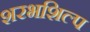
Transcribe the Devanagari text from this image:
शरभशिल्प